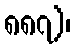
၈၈၇)၊